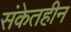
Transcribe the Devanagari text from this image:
संकेतहीन